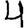
Digit: 4